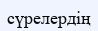
сүрелердің